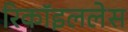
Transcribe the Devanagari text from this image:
रिकॉइललेस